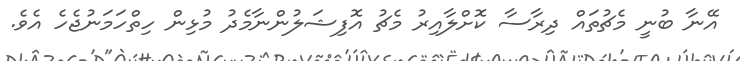
އޭނާ ބުނީ މެޗުތައް ދިރާސާ ކޮށްލާއިރު މެޗު އޮފިޝަލުންނާމެދު މުޅިން ހިތްހަމަނުޖެހެ އެވެ.